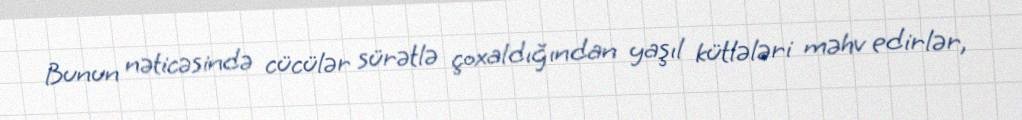
Bunun nəticəsində cücülər sürətlə çoxaldığından yaşıl kütlələri məhv edirlər,